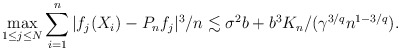
\begin{align*}\max_{1\leq j\leq N}\sum_{i=1}^n |f_j(X_i) - P_n f_j|^3/n \lesssim \sigma^2 b+b^3 K_n/(\gamma^{3/q} n^{1-3/q}).\end{align*}